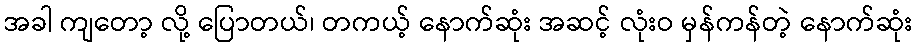
အခါ ကျတော့ လို့ ပြောတယ်၊ တကယ့် နောက်ဆုံး အဆင့် လုံးဝ မှန်ကန်တဲ့ နောက်ဆုံး